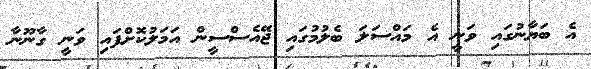
އެ ބަޔާނުގައި ވަނީ އެ މައްސަލަ ބެލުމުގައި ޖޭއެސްސީން އަމަލުކޮށްފައި ވަނީ ގާނޫނާ